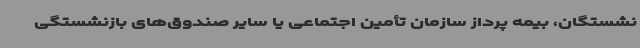
نشستگان، بیمه پرداز سازمان تأمین اجتماعی یا سایر صندوق‌های بازنشستگی